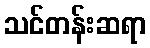
သင်တန်းဆရာ